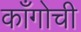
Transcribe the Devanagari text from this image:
काँगोची